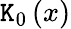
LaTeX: \mathtt{K}_{0}\left(x\right)